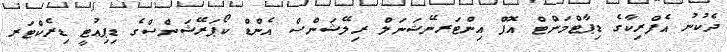
ދެކުނު އެފްރިކާގެ ޑިޕާޓްމަންޓް އޮފް އިންޓަރނޭޝަނަލް ރިލޭޝަންސް އެންޑް ކޯޕަރޭޝަންސްގެ ޑިޕިއުޓީ ޑިރެކްޓަރ